Civil Veterinary Department Bengal reports 1933-51 - 1933-1951
Year: 1933
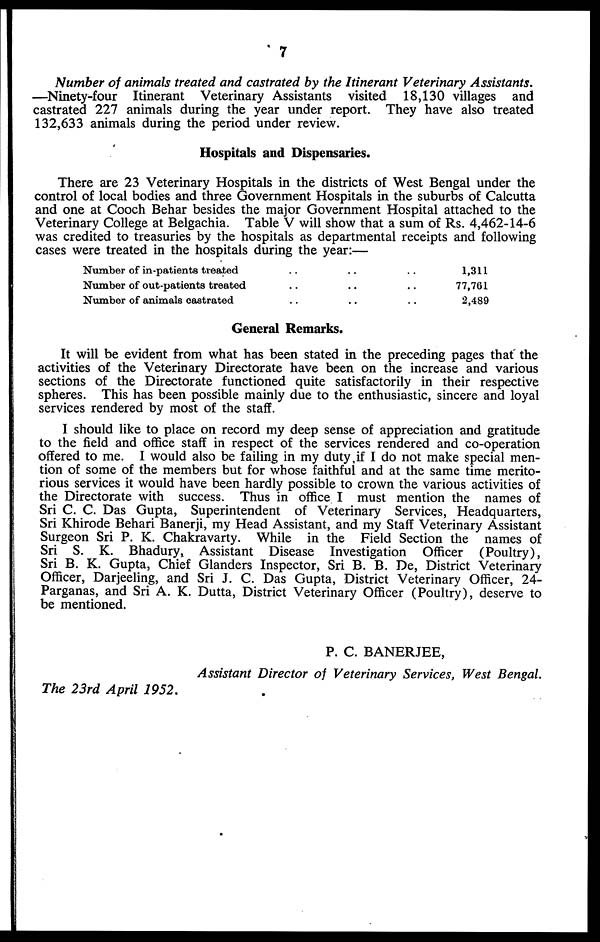
7
Number of animals treated and castrated by the Itinerant Veterinary Assistants.
—Ninety-four Itinerant Veterinary Assistants visited 18,130 villages and
castrated 227 animals during the year under report. They have also treated
132,633 animals during the period under review.
Hospitals and Dispensaries.
There are 23 Veterinary Hospitals in the districts of West Bengal under the
control of local bodies and three Government Hospitals in the suburbs of Calcutta
and one at Cooch Behar besides the major Government Hospital attached to the
Veterinary College at Belgachia. Table V will show that a sum of Rs. 4,462-14-6
was credited to treasuries by the hospitals as departmental receipts and following
cases were treated in the hospitals during the year:—
Number of in-patients treated .. .. ..
Number of out-patients treated .. .. ..
Number of animals castrated .. .. ..
1,311
77,761
2,489
General Remarks.
It will be evident from what has been stated in the preceding pages that the
activities of the Veterinary Directorate have been on the increase and various
sections of the Directorate functioned quite satisfactorily in their respective
spheres. This has been possible mainly due to the enthusiastic, sincere and loyal
services rendered by most of the staff.
I should like to place on record my deep sense of appreciation and gratitude
to the field and office staff in respect of the services rendered and co-operation
offered to me. I would also be failing in my duty if I do not make special men-
tion of some of the members but for whose faithful and at the same time merito-
rious services it would have been hardly possible to crown the various activities of
the Directorate with success. Thus in office I must mention the names of
Sri C. C. Das Gupta, Superintendent of Veterinary Services, Headquarters,
Sri Khirode Behari Banerji, my Head Assistant, and my Staff Veterinary Assistant
Surgeon Sri P. K. Chakravarty. While in the Field Section the names of
Sri S. K. Bhadury, Assistant Disease Investigation Officer (Poultry),
Sri B. K. Gupta, Chief Glanders Inspector, Sri B. B. De, District Veterinary
Officer, Darjeeling, and Sri J. C. Das Gupta, District Veterinary Officer, 24-
Parganas, and Sri A. K. Dutta, District Veterinary Officer (Poultry), deserve to
be mentioned.
P. C. BANERJEE,
Assistant Director of Veterinary Services, West Bengal.
The 23rd April 1952.